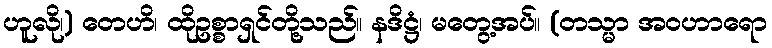
ဟူလို၊) တေဟိ၊ ထိုဥစ္စာရှင်တို့သည်။ နဒိဋ္ဌံ၊ မတွေ့အပ်။ (တသ္မာ အဝဟာရော